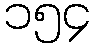
၁၅၄